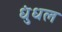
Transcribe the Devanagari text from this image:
धुंधल